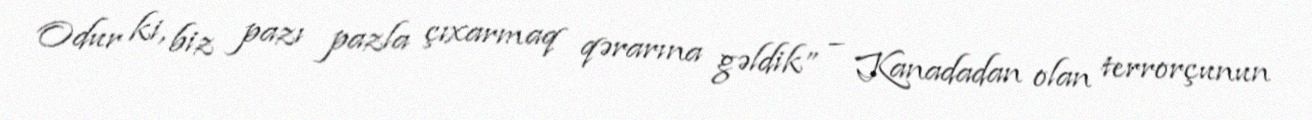
Odur ki, biz pazı pazla çıxarmaq qərarına gəldik” – Kanadadan olan terrorçunun